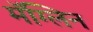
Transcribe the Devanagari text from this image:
मॅग्लिन